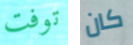
توفت كان